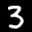
Label: 3